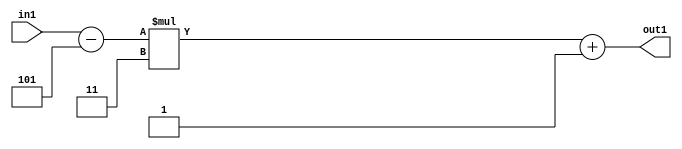
`timescale 1ps / 1ps
/*****************************************************************************
    Verilog RTL Description
    
    
    Created by: Stratus DpOpt 21.05.01 
*******************************************************************************/

module SobelFilter_Add2i1Mul2i3Subi5s6_4 (
	in1,
	out1
	); /* architecture "behavioural" */ 
input [5:0] in1;
output [5:0] out1;
wire [5:0] asc001,
	asc002;

assign asc002 = 
	+(in1)
	-(6'B000101);

wire [5:0] asc001_tmp_0;
assign asc001_tmp_0 = 
	+(asc002 * 6'B000011);
assign asc001 = asc001_tmp_0
	+(6'B000001);

assign out1 = asc001;
endmodule

/* CADENCE  uLP1Twk= : u9/ySxbfrwZIxEzHVQQV8Q== ** DO NOT EDIT THIS LINE ******/